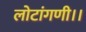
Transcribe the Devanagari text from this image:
लोटांगणी।।